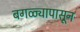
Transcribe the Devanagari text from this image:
बगळ्यापासून